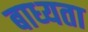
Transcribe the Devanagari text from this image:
बाध्‍यता